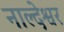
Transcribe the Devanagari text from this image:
नाल्देश्वर